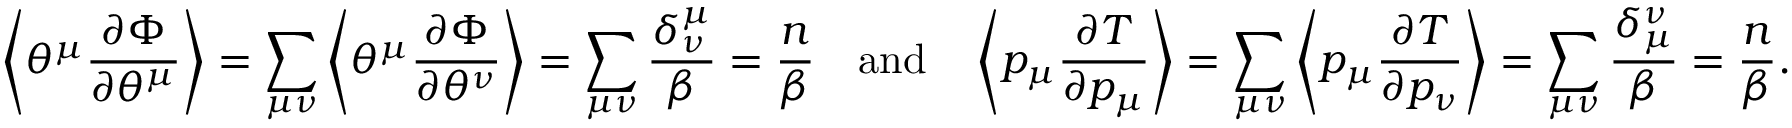
\left\langle \theta ^ { \mu } \frac { \partial \Phi } { \partial \theta ^ { \mu } } \right\rangle = \sum _ { \mu \nu } \left\langle \theta ^ { \mu } \frac { \partial \Phi } { \partial \theta ^ { \nu } } \right\rangle = \sum _ { \mu \nu } \frac { \delta _ { \nu } ^ { \mu } } { \beta } = \frac { n } { \beta } \quad \mathrm { a n d } \quad \left\langle p _ { \mu } \frac { \partial T } { \partial p _ { \mu } } \right\rangle = \sum _ { \mu \nu } \left\langle p _ { \mu } \frac { \partial T } { \partial p _ { \nu } } \right\rangle = \sum _ { \mu \nu } \frac { \delta _ { \mu } ^ { \nu } } { \beta } = \frac { n } { \beta } .